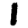
Digit: 1